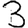
Digit: 3